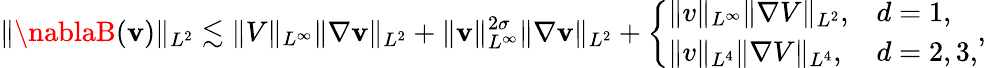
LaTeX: \| \nablaB(\mathbf{v})\| _{L^{2}}\lesssim\| V\| _{L^{\infty}}\| \nabla\mathbf{v}\| _{L^{2}}+\| \mathbf{v}\| _{L^{\infty}}^{2\sigma}\| \nabla\mathbf{v}\| _{L^{2}}+\left\{ \begin{array}{ll}{\| v\| _{L^{\infty}}\| \nabla V\| _{L^{2}},}&{d=1,}\\ {\| v\| _{L^{4}}\| \nabla V\| _{L^{4}},}&{d=2,3,}\end{array}\right.,